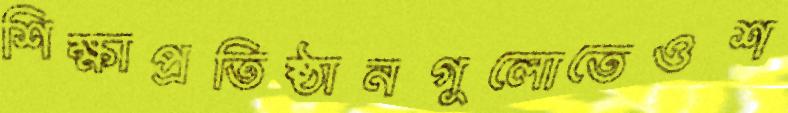
শিক্ষাপ্রতিষ্ঠানগুলোতেওশ